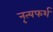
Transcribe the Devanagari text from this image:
नृत्यफर्श